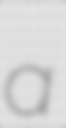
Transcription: a